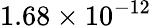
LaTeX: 1.68\times 10^{-12}